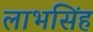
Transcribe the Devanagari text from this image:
लाभसिंह